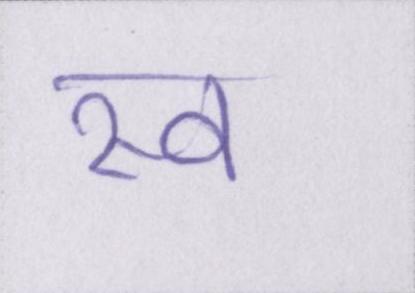
स्व